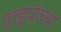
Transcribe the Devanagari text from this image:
टाइपांच्या